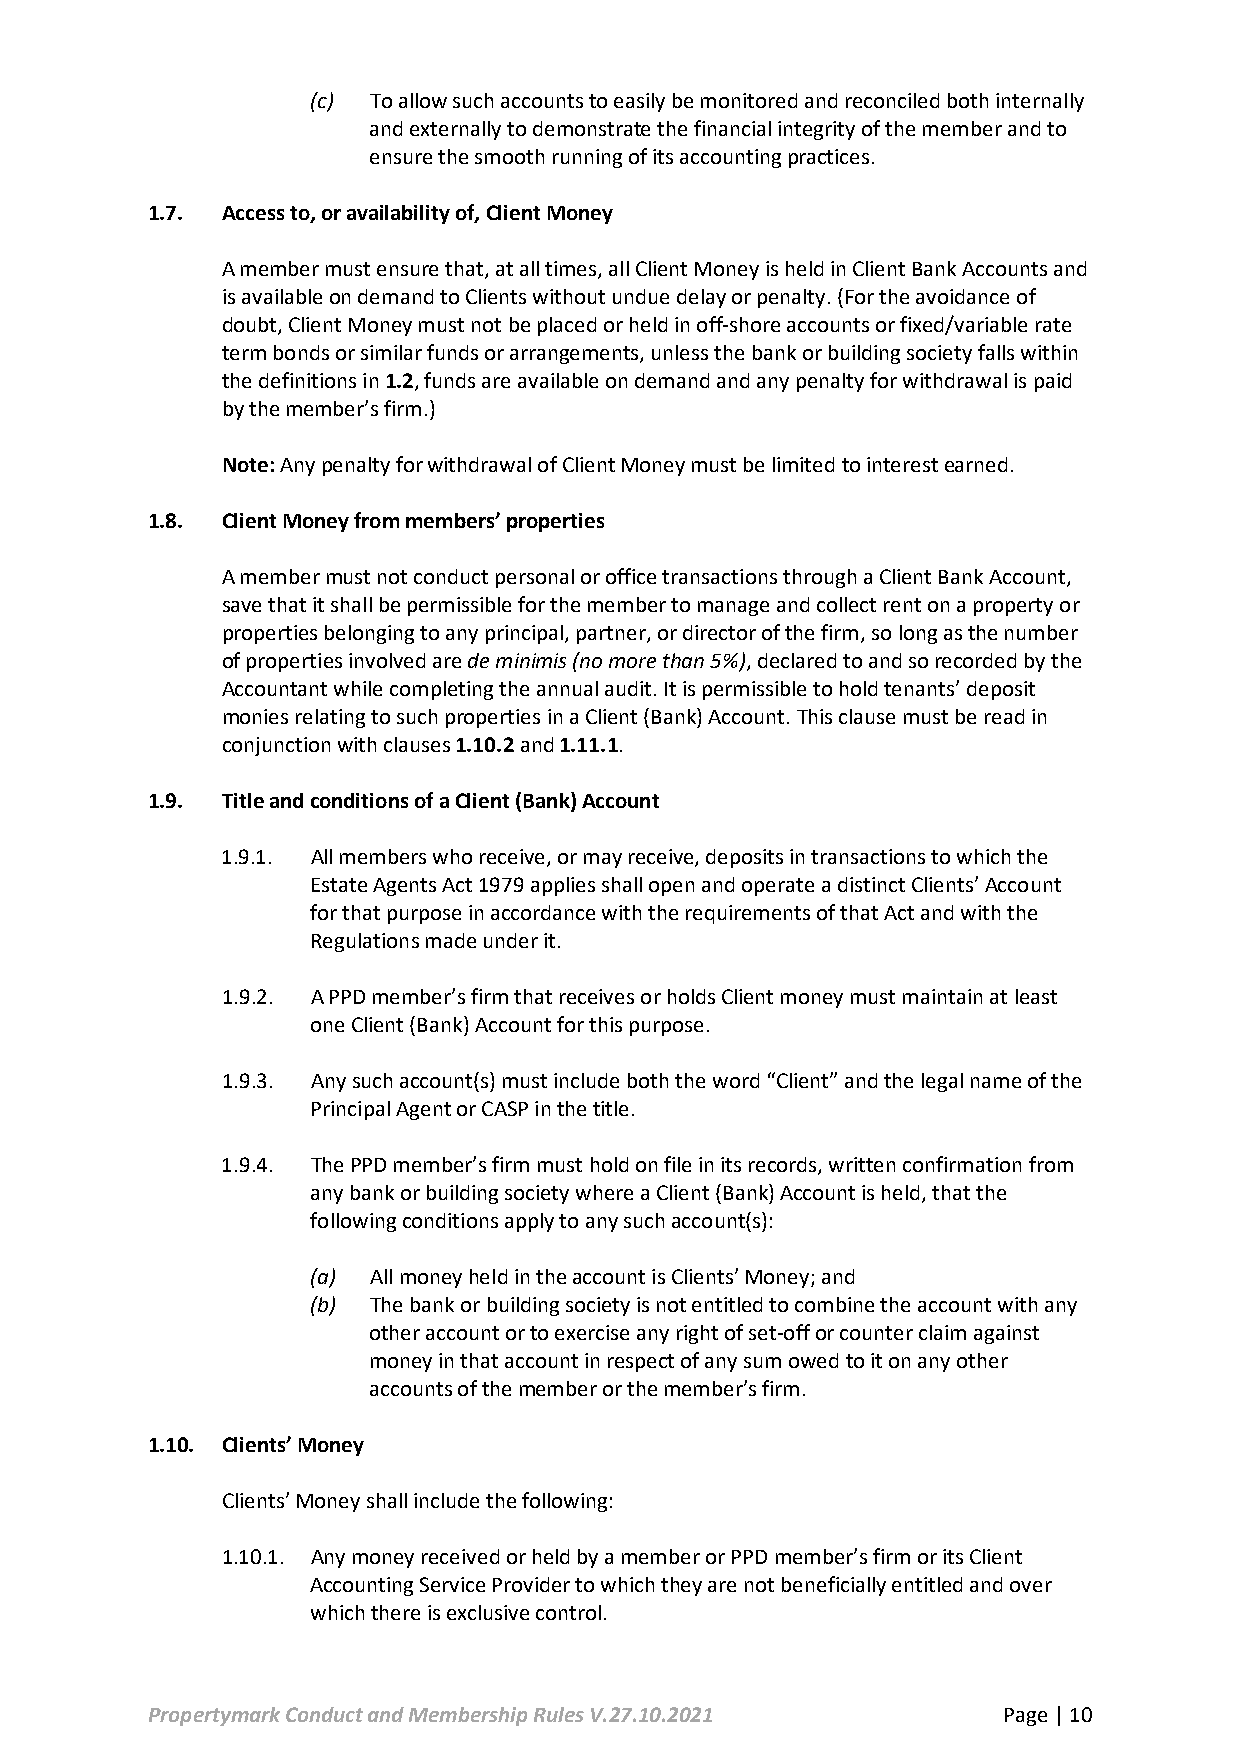
(c) To allow such accounts to easily be monitored and reconciled both internally
 and externally to demonstrate the financial integrity of the member and to
 ensure the smooth running of its accounting practices.
 1.7. Access to, or availability of, Client Money
 A member must ensure that, at all times, all Client Money is held in Client Bank Accounts and
 is available on demand to Clients without undue delay or penalty. (For the avoidance of
 doubt, Client Money must not be placed or held in off-shore accounts or fixed/variable rate
 term bonds or similar funds or arrangements, unless the bank or building society falls within
 the definitions in 1.2, funds are available on demand and any penalty for withdrawal is paid
 by the member’s firm.)
 Note: Any penalty for withdrawal of Client Money must be limited to interest earned.
 1.8. Client Money from members’ properties
 A member must not conduct personal or office transactions through a Client Bank Account,
 save that it shall be permissible for the member to manage and collect rent on a property or
 properties belonging to any principal, partner, or director of the firm, so long as the number
 of properties involved are de minimis (no more than 5%), declared to and so recorded by the
 Accountant while completing the annual audit. It is permissible to hold tenants’ deposit
 monies relating to such properties in a Client (Bank) Account. This clause must be read in
 conjunction with clauses 1.10.2 and 1.11.1.
 1.9. Title and conditions of a Client (Bank) Account
 1.9.1. All members who receive, or may receive, deposits in transactions to which the
 Estate Agents Act 1979 applies shall open and operate a distinct Clients’ Account
 for that purpose in accordance with the requirements of that Act and with the
 Regulations made under it.
 1.9.2. A PPD member’s firm that receives or holds Client money must maintain at least
 one Client (Bank) Account for this purpose.
 1.9.3. Any such account(s) must include both the word “Client” and the legal name of the
 Principal Agent or CASP in the title.
 1.9.4. The PPD member’s firm must hold on file in its records, written confirmation from
 any bank or building society where a Client (Bank) Account is held, that the
 following conditions apply to any such account(s):
 (a) All money held in the account is Clients’ Money; and
 (b) The bank or building society is not entitled to combine the account with any
 other account or to exercise any right of set-off or counter claim against
 money in that account in respect of any sum owed to it on any other
 accounts of the member or the member’s firm.
 1.10. Clients’ Money
 Clients’ Money shall include the following:
 1.10.1. Any money received or held by a member or PPD member’s firm or its Client
 Accounting Service Provider to which they are not beneficially entitled and over
 which there is exclusive control.
 Propertymark Conduct and Membership Rules V.27.10.2021  Page | 10